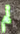
لم